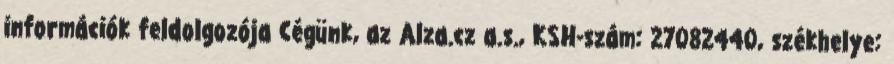
információk feldolgozója Cégünk, az Alza.cz a.s., KSH-szám: 27082440, székhelye: